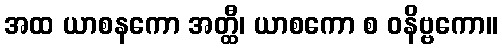
အထ ယာစနကော အတ္ထီ၊ ယာစကော စ ဝနိဗ္ဗကော။